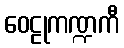
ဝေဠုကဏ္ဍကီ